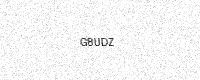
Text: G8UDZ